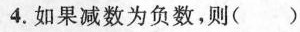
4.如果减数为负数，则()